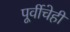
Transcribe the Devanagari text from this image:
पूर्वीचेही